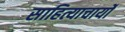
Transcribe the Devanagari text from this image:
साहित्याचार्यों